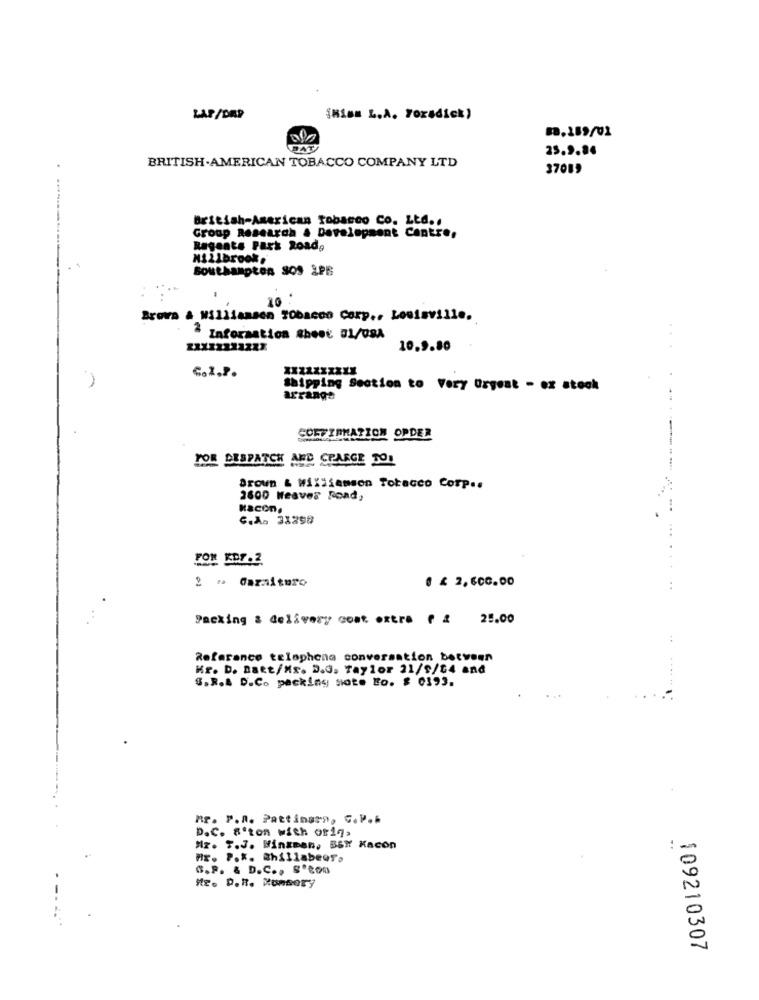
LAP/DAP
İNİmm L.A. Foradick)
13.189/01
25.9.36
.
BRITISH-AMERICAN TOBACCO COMPANY LTD
37089
British-American Tobacco Co. Ltd .,
Group Research & Development Centre,
Regents Park Road,
NA21brook,
Southampton SOS 2PE
10 .
Brown & Williamson Tobacco Corp ., Louisville.
2 Information Shoot BL/08A
10.9.80
C.2.P.
Shipping Section to Very Orgest - ex steck
arrange
CONFIRMATION OPDER
FOR DESPATCH MED CPARGE TO!
Brown & Williamson Tobacco Corp ..
2800 Weaves Road,
Bacon,
C.A. 31298
....
FON KDY.2.
0 € 2,600.00
..
Packing & delivery cost extra ( 2
25.00
:
Referance telephone conversation between
Kr. D. Batt/Mr. D.G. Taylor 21/9/14 and
S.R.A. D.C. packing note Bo. $ 0193.
mr. P.R. Pattingrn, G.P ..
D.C. S'ton with orig.
Hz. T.J. Hinzmen, BSX Kacon
..
Mr. P .*. Chillabeer.
C.P. & D.C ., S'Com
Mr. D.R. Momsory
109210307